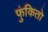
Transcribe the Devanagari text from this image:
फुंकितो